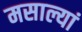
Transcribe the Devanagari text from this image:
मसाल्यां